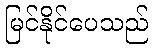
မြင်နိုင်ပေသည်